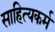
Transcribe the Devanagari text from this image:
साहित्यकर्म